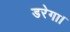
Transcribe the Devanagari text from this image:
डरेगा।